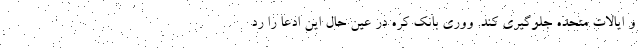
و ایالات متحده جلوگیری کند. ووری بانک کره در عین حال این ادعا را رد